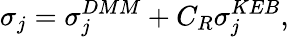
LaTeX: \sigma_{j}=\sigma_{j}^{DMM}+C_{R}\sigma_{j}^{KEB},